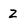
Character: Z